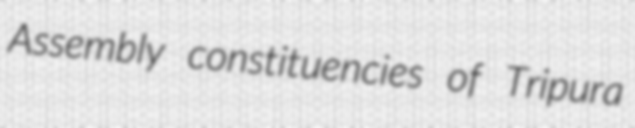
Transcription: Assembly constituencies of Tripura